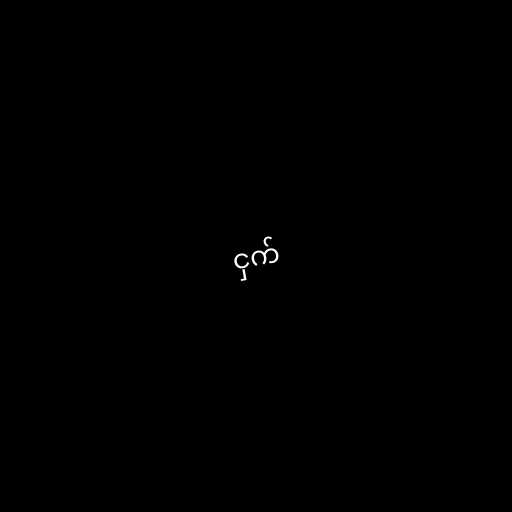
ငှက်